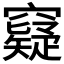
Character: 𥨯